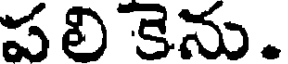
ప లి కెను.